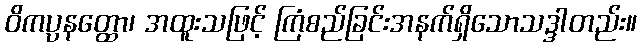
ဝိကပ္ပနတ္ထော၊ အထူးသဖြင့် ကြံစည်ခြင်းအနက်ရှိသောသဒ္ဒါတည်း။